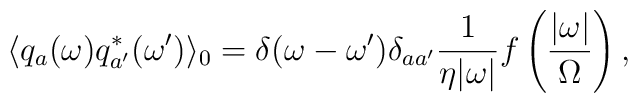
\langle q_a(\omega)q_{a'}^{*}(\omega ') \rangle_0=\delta (\omega-\omega ') \delta_{aa'}\frac{1}{\eta |\omega|}f \left ( \frac{|\omega|}{\Omega} \right ),